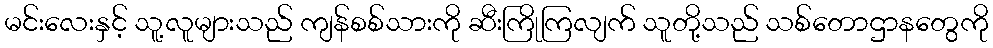
မင်းလေးနှင့် သူ့လူများသည် ကျန်စစ်သားကို ဆီးကြိုကြလျက် သူတို့သည် သစ်တောဌာနတွေကို